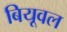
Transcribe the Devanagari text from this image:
बियूवल